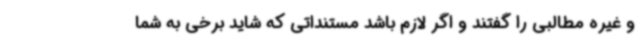
و غیره مطالبی را گفتند و اگر لازم باشد مستنداتی که شاید برخی به شما